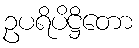
ဥပရိပိဋ္ဌိတော